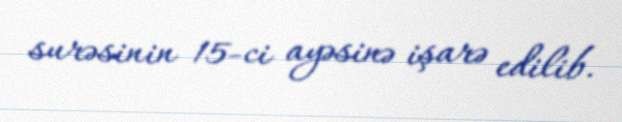
surəsinin 15-ci ayəsinə işarə edilib.